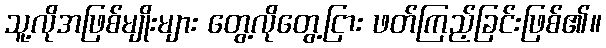
သူ့လိုအဖြစ်မျိုးများ တွေ့လိုတွေ့ငြား ဖတ်ကြည့်ခြင်းဖြစ်၏။